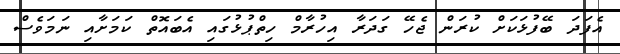
އެފަދަ ބޭފުޅަކަށް ކުރަން ޖެހޭ ގަދަރާ އިހުރާމް ހިތްޕުޅުގައި އެބައޮތް ކަމަށާއި ނަމަވެސް